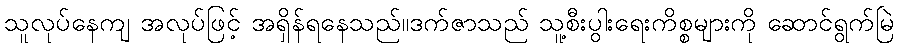
သူလုပ်နေကျ အလုပ်ဖြင့် အရှိန်ရနေသည်။ဒက်ဇာသည် သူ့စီးပွါးရေးကိစ္စများကို ဆောင်ရွက်မြဲ